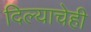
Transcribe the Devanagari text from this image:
दिल्याचेही